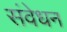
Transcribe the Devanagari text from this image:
संवेधन